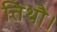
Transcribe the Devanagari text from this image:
तिथौ।